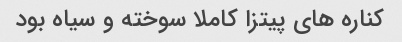
کناره هاى پیتزا کاملا سوخته و سیاه بود